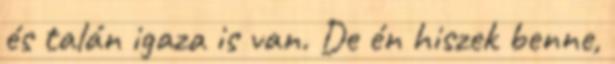
és talán igaza is van. De én hiszek benne,